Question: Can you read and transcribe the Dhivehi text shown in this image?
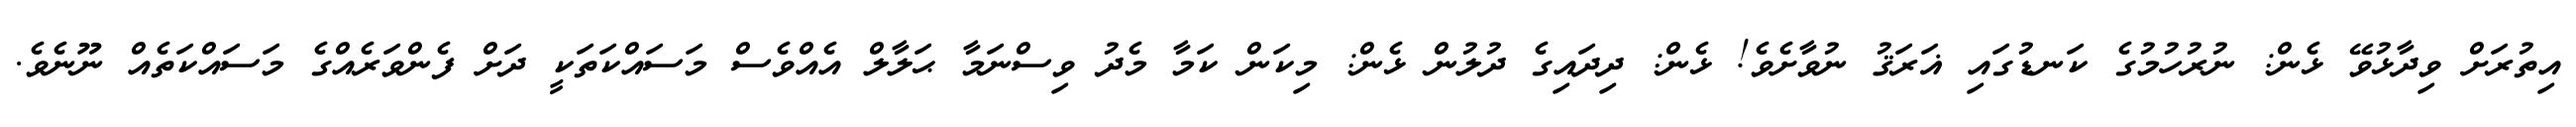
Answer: އިތުރަށް ވިދާޅުވޭ ޅެން: ނުރުހުމުގެ ކަނޑުގައި ޣަރަޤު ނުވާށެވެ! ޅެން: ދިދައިގެ ދުލުން ޅެން: މިކަން ކަމާ މެދު ވިސްނަމާ ޙަލާލް އެއްވެސް މަސައްކަތަކީ ދަށް ފެންވަރެއްގެ މަސައްކަތެއް ނޫނެވެ.